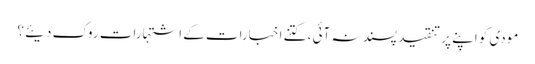
مودی کو اپنے پر تنقید پسند نہ آئی ، کتنے اخبارات کے اشتہارات روک دیئے ؟